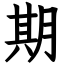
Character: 期